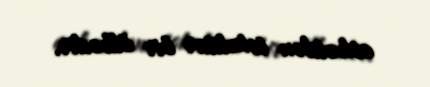
cəhətdən totalitar bir ölkədir.